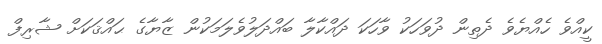
ކީއްވެ ހެއްޔެވެ ދެތިން ދުވަހަކު ވާހަކަ ދައްކާލާ ބައްދަލުވެލަމަކުން ޒާޔާގެ ޙައްޤަކަށް ޝާރިފް